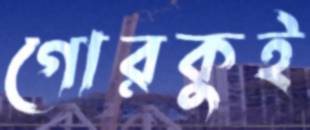
গোরকুই